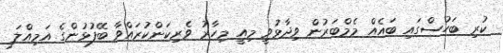
ކުރި ބަހުސްގައި ބައެއް މެމްބަރުން ވިދާޅުވީ މިއީ މިހާރު ވެރިކަންކުރައްވާ ބޭފުޅުންގެ އަމިއްލަ